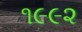
૧૯૯૨